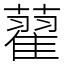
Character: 藋